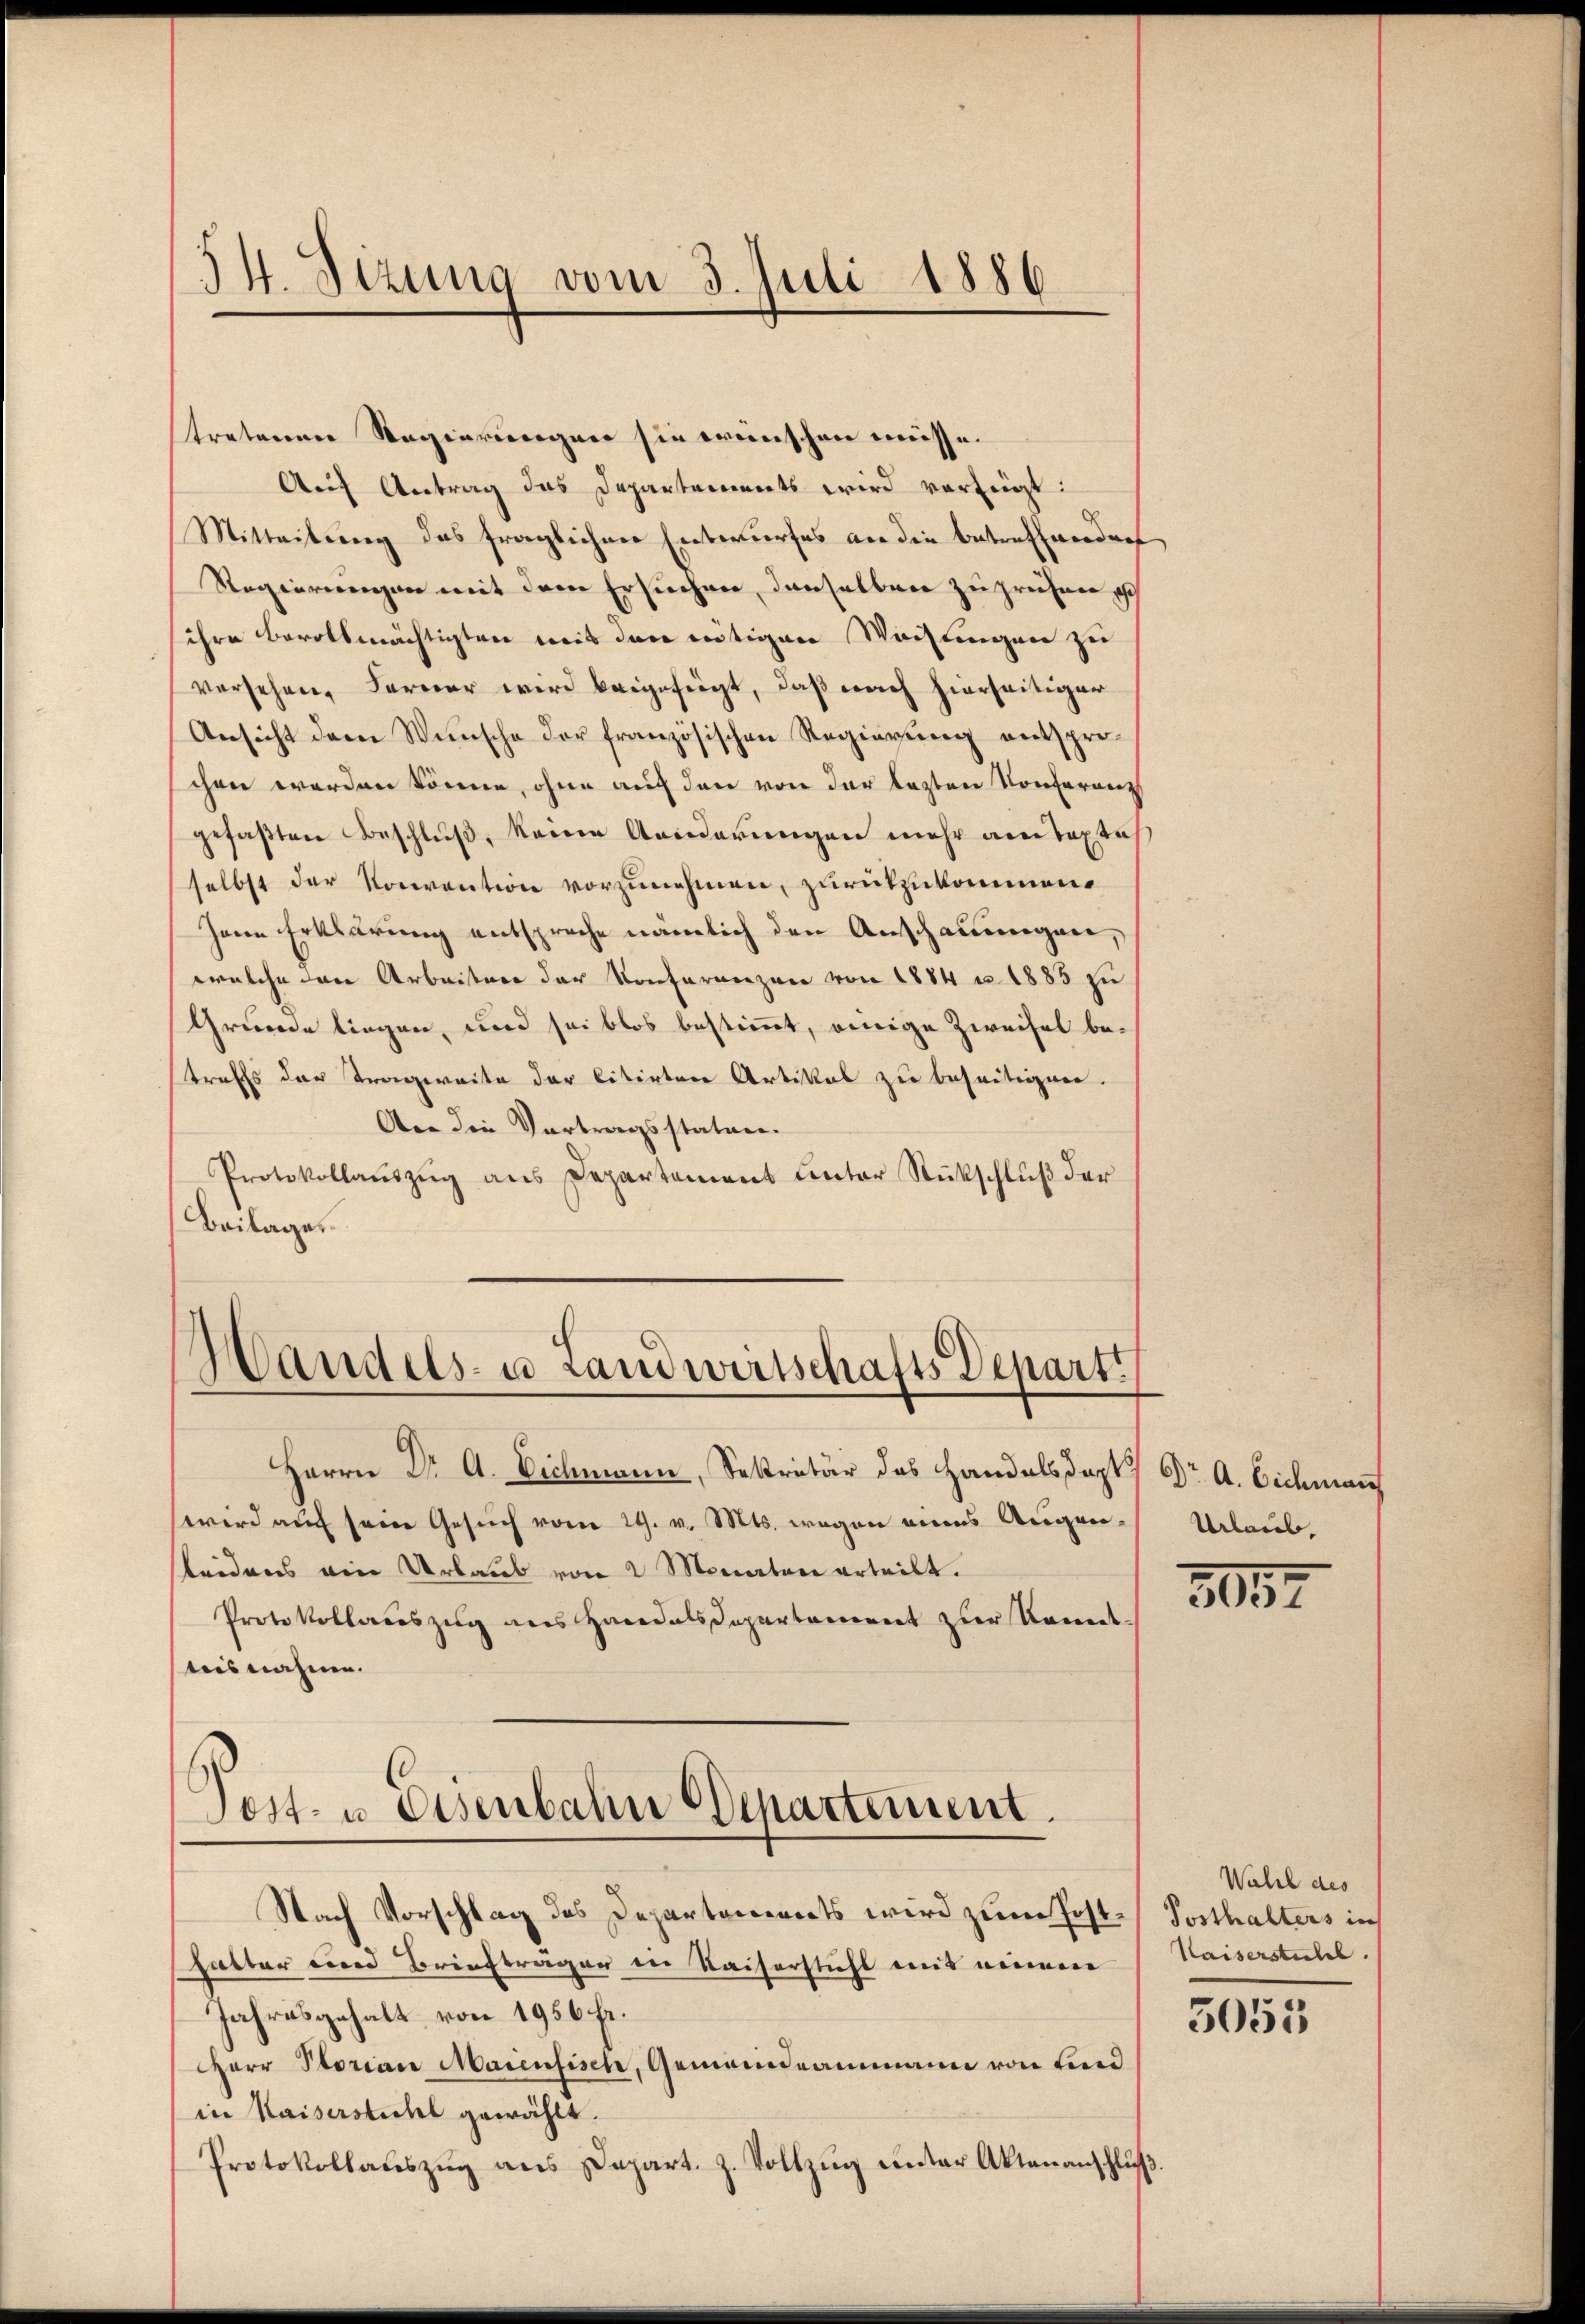
54. Sizung vom 3. Juli 1886

stretenen Regierungen sie wünschen müsse.
Auf Antrag das Departements wird verfügt:
Mitteilung das fraglichen Entwurfes an die betreffenden
Regierungen mit dem Ersuchen denselben zu prechnen ich
ihre Beratsmächtigten mit den nötigen Wachungen zu
versehen, Ferner wird beigefügt, daß nach hierseitiger
Ansicht dem Wünsche der französischen Regierung entsprechen werden könne, ohne auf den von der lezten Konferenz
gefaßten Beschluß, keine Aenderungen mehr am Textes
selbst der Konvention vorzunehmen, zurückzukommen.
Hern Erklärung entspreche nämlich den Anschauungen,
welche den Arbeitere der Konferenzen von 1884 u. 1885 zu
Grunde liegen, und sei blos bestimmt, einige Zweifel betraffs der Tragweite der litirten Artikal zu beseitigen.
Aer die Vortragsstatuen
Protokollauszug aus Departement unter Rückschluß der
Beilage

Handels- u Landwirtschafts-Depart

Herrn Dr A. Eichmann, Sekretär das Handelsdept/ Dr. A. Eichmann
wird auf seine Gesuch vom 29. v. Mts. wegen eines Augenstreidens ein Urlaub von 2 Monaten erteilt.
Protokollaŭszŭg ans Handelsdepartament zur Kont-
tiis nahme.

Post- u. Eisenbahn Departement.

Nach Vorschlag des Departanereits wird zum Posthatter einer Briefträger in Kaiserstuhl mit niemen
Jahresgehalt von 1956 fr.
Herr Plorian Maienfisch, Gemeindeammann von find
in Kaiserstichl gewählt.
Protokollaŭszŭg ans Depart. Z. Vollzŭg ŭnter Aktenanschlŭβ

Urlaub.

3057

Wahl des
Posthalters in
Kaiserstichl.

5055